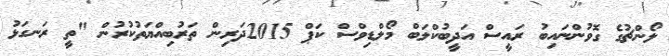
ލޯންޗުގެ ގޮވުންނައިބު ރައީސް އަދީބުކްލަބް މޯލްޑިވްސް ކަޕް 2015ދަރިން ތަރުބިއްޔަތުކުރުން "ތީ ރަނގަޅު